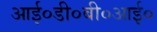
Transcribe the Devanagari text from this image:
आई०डी०बी०आई०